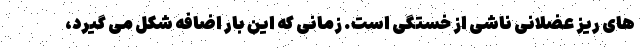
های ریز عضلانی ناشی از خستگی است. زمانی که این بار اضافه شکل می گیرد،